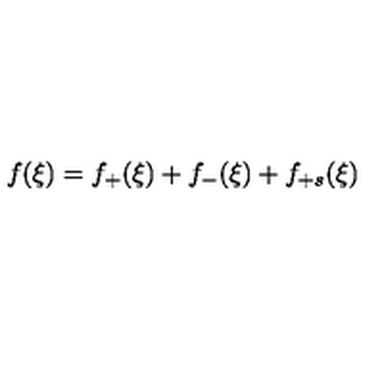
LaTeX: f ( \xi ) = f _ { + } ( \xi ) + f _ { - } ( \xi ) + f _ { + s } ( \xi )